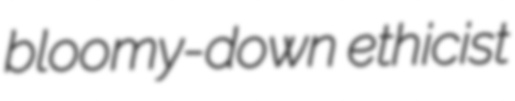
bloomy-down ethicist